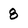
Character: 8